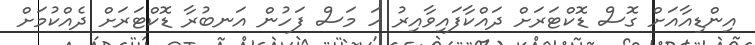
އިންޑިއާއަށް ގޮސް ޑޮކްޓަރަށް ދައްކާފައިވާއިރު ހަ މަސް ފަހުން އަނބުރާ ޑޮކްޓަރަށް ދެއްކުމަށް